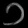
Digit: ၁